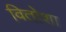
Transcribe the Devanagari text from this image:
वितोशा